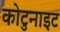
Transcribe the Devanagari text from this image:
कोटुनाइट